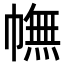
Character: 幠